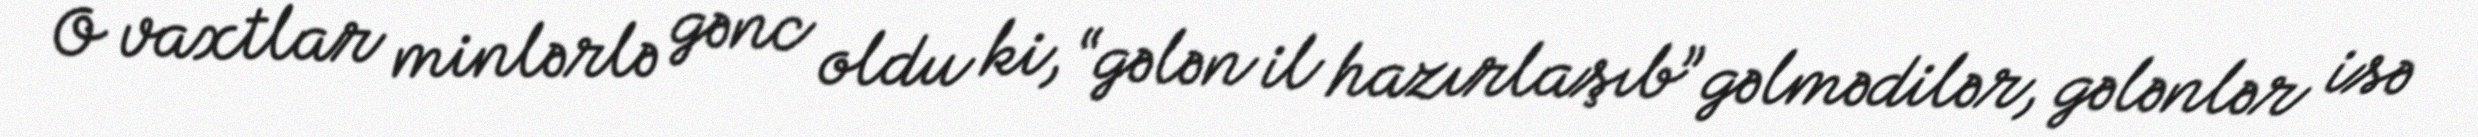
O vaxtlar minlərlə gənc oldu ki, “gələn il hazırlaşıb” gəlmədilər, gələnlər isə